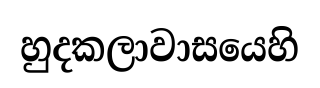
හුදකලාවාසයෙහි